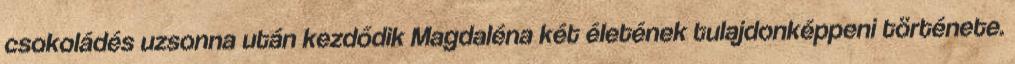
csokoládés uzsonna után kezdődik Magdaléna két életének tulajdonképpeni története.